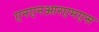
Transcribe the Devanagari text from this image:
एनएनआरएमएस